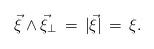
LaTeX: \begin{align*}\vec{\xi}\wedge\vec{\xi}_\perp\,=\,|\vec{\xi}|\,=\,\xi.\end{align*}